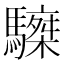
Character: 𩦆